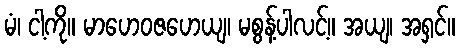
မံ၊ ငါ့ကို။ မာဟေဝဇဟေယျ၊ မစွန့်ပါလင့်။ အယျ၊ အရှင်။